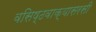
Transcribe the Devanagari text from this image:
वसिष्ठवाक्यासरसी